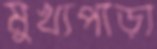
মুখ্যপাড়া